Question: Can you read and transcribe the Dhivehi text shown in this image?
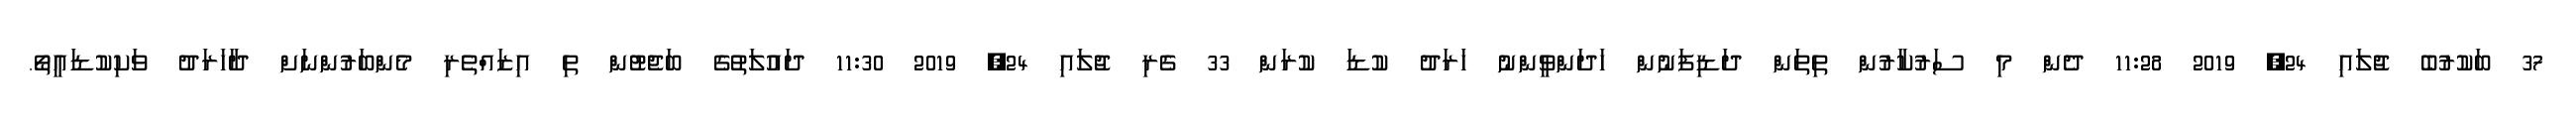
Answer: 37 ބަކުރުބެ ޖުލައި 24, 2019 11:28 ދެން މި ސަރުކާރުން ތިތަން ދަޑިފަނުން ހަދަންވީންނު ހަރަދު ކުޑަ ކުރަން 33 ގެރި ޖުލައި 24, 2019 11:30 ދައުލަތުގެ ބަޖެޓުން ތި އިޒައްތެރި މެންބަރުންނަށް ދާހަރަދު ވަކިކުޑައީތޯ.